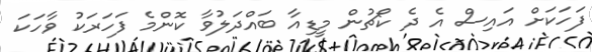
ފަހަކަށް އައިސް އެ ދެ ކޯޗުން މީޑިއާ ބައްދަލުވާ ކޮންމެ ފަހަރަކު ވާހަކަ